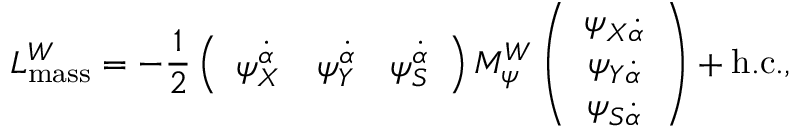
{ \cal L } _ { \mathrm { m a s s } } ^ { W } = - { \frac { 1 } { 2 } } \left( \begin{array} { c c c } { { \psi _ { X } ^ { \dot { \alpha } } } } & { { \psi _ { Y } ^ { \dot { \alpha } } } } & { { \psi _ { S } ^ { \dot { \alpha } } } } \end{array} \right) M _ { \psi } ^ { W } \left( \begin{array} { c } { { \psi _ { X \dot { \alpha } } } } \\ { { \psi _ { Y \dot { \alpha } } } } \\ { { \psi _ { S \dot { \alpha } } } } \end{array} \right) + \mathrm { h . c . } ,